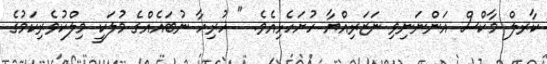
ކާރލް މާކްސް އަންނަނިވި ނަޒަރިއްޔާ ހުށަހެޅިއެވެ. " ހުރިހާ ނުބައެއްގެ މުލަކީ މިލްކުވެރިކަމުގެ